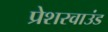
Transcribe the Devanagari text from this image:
प्रेशरवाउंड